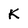
Character: K